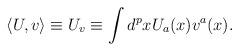
LaTeX: \begin{align*}\langle U,v\rangle \equiv U_v \equiv \int d^p x U_a(x) v^a(x).\end{align*}